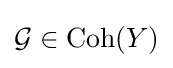
{\mathcal {G}}\in {\text{Coh}}(Y)